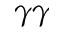
\gamma \gamma